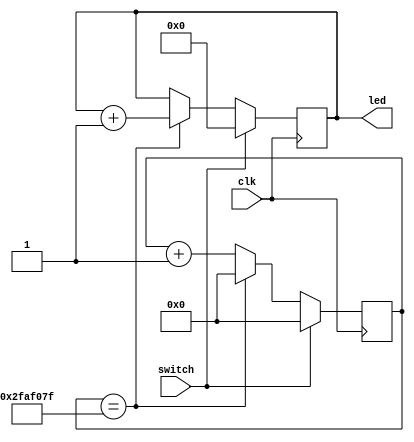
module simple_counter
    (                  led,
                    switch,
                       clk);

output [7:0] led;		// Output 8 bits
input switch;			//Input 1 bit
input clk;				//Input 1 bit


reg [7:0] led;			//Output declared as a register
reg [25:0] int_count;	// Internal Register

always @(posedge clk)	//Sensitivity List
begin
	if(switch==1)		//Switch is acting as a reset active HIGH
	begin
		int_count 	<= 0;
		led 		<= 0;
	end
	else
	begin
		//divide 50MHz by 50,000,0000 to form 1Hz pulses
		if (int_count==49999999) //1hz
		begin
			int_count 	<= 0;
			led 		<= led + 1'b1;
		end
		else
		begin
			int_count <= int_count + 1'b1;
		end
	end
end 
endmodule